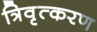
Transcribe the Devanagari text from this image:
त्रिवृत्करण